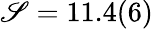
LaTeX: \mathscr{S}=11.4(6)